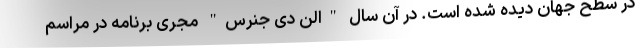
در سطح جهان دیده شده است. در آن سال "الن دی جنرس" مجری برنامه در مراسم